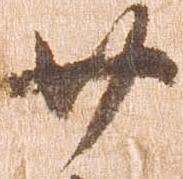
廿